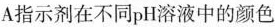
A指示剂在不同pH溶液中的颜色